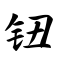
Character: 钮